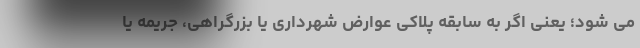
می شود؛ یعنی اگر به سابقه پلاکی عوارض شهرداری یا بزرگراهی، جریمه یا